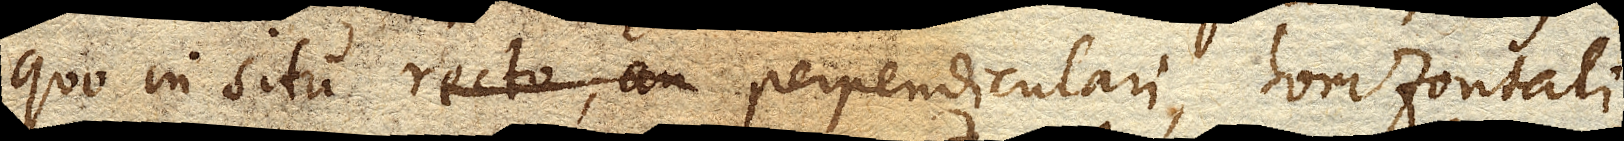
quo in situ recto, an perpendiculari, horizontali